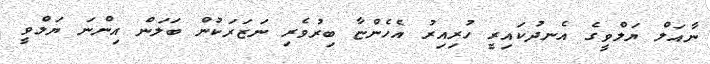
ނާއަލް ޔަލްވީގެ އެނދުކައިރީ ހުރިއިރު އެހެންޏާ ބިރުވެރި ނަޒަރަކުން ބަލަން އިންނަ ޔަލްވީ